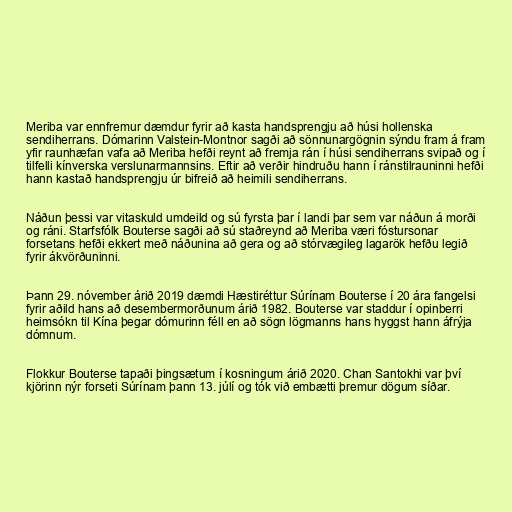
Meriba var ennfremur dæmdur fyrir að kasta handsprengju að húsi hollenska
sendiherrans. Dómarinn Valstein-Montnor sagði að sönnunargögnin sýndu fram á fram
yfir raunhæfan vafa að Meriba hefði reynt að fremja rán í húsi sendiherrans svipað og í
tilfelli kínverska verslunarmannsins. Eftir að verðir hindruðu hann í ránstilrauninni hefði
hann kastað handsprengju úr bifreið að heimili sendiherrans.

Náðun þessi var vitaskuld umdeild og sú fyrsta þar í landi þar sem var náðun á morði
og ráni. Starfsfólk Bouterse sagði að sú staðreynd að Meriba væri fóstursonar
forsetans hefði ekkert með náðunina að gera og að stórvægileg lagarök hefðu legið
fyrir ákvörðuninni.

Þann 29. nóvember árið 2019 dæmdi Hæstiréttur Súrínam Bouterse í 20 ára fangelsi
fyrir aðild hans að desembermorðunum árið 1982. Bouterse var staddur í opinberri
heimsókn til Kína þegar dómurinn féll en að sögn lögmanns hans hyggst hann áfrýja
dómnum.

Flokkur Bouterse tapaði þingsætum í kosningum árið 2020. Chan Santokhi var því
kjörinn nýr forseti Súrínam þann 13. júlí og tók við embætti þremur dögum síðar.